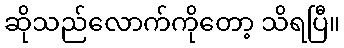
ဆိုသည်လောက်ကိုတော့ သိရပြီ။